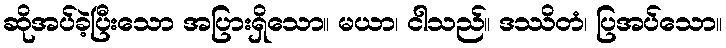
ဆိုအပ်ခဲ့ပြီးသော အပြားရှိသော။ မယာ၊ ငါသည်။ ဒဿိတံ၊ ပြအပ်သော။